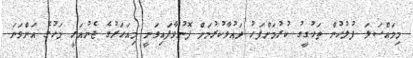
މިމައްސަލަ ފުލުހުން ތަހުގީގު ކުރުމަށްފަހު ދައުވާކުރުމަށް ފޮނުވާފައިވަނީ މިއަހަރުގެ ޖެނުއަރީ މަހުގެ އަށްވަނަ